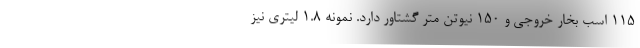
115 اسب بخار خروجی و 150 نیوتن متر گشتاور دارد. نمونه 1.8 لیتری نیز